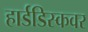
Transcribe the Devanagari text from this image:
हार्डडिस्कवर